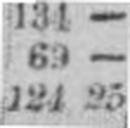
124 25